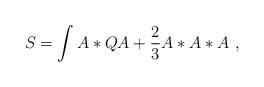
LaTeX: \begin{align*}S = \int A* QA + {2 \over 3} A*A*A \ , \end{align*}